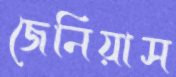
জেনিয়াস